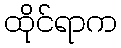
ထိုင်ရာက